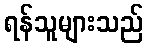
ရန်သူများသည်